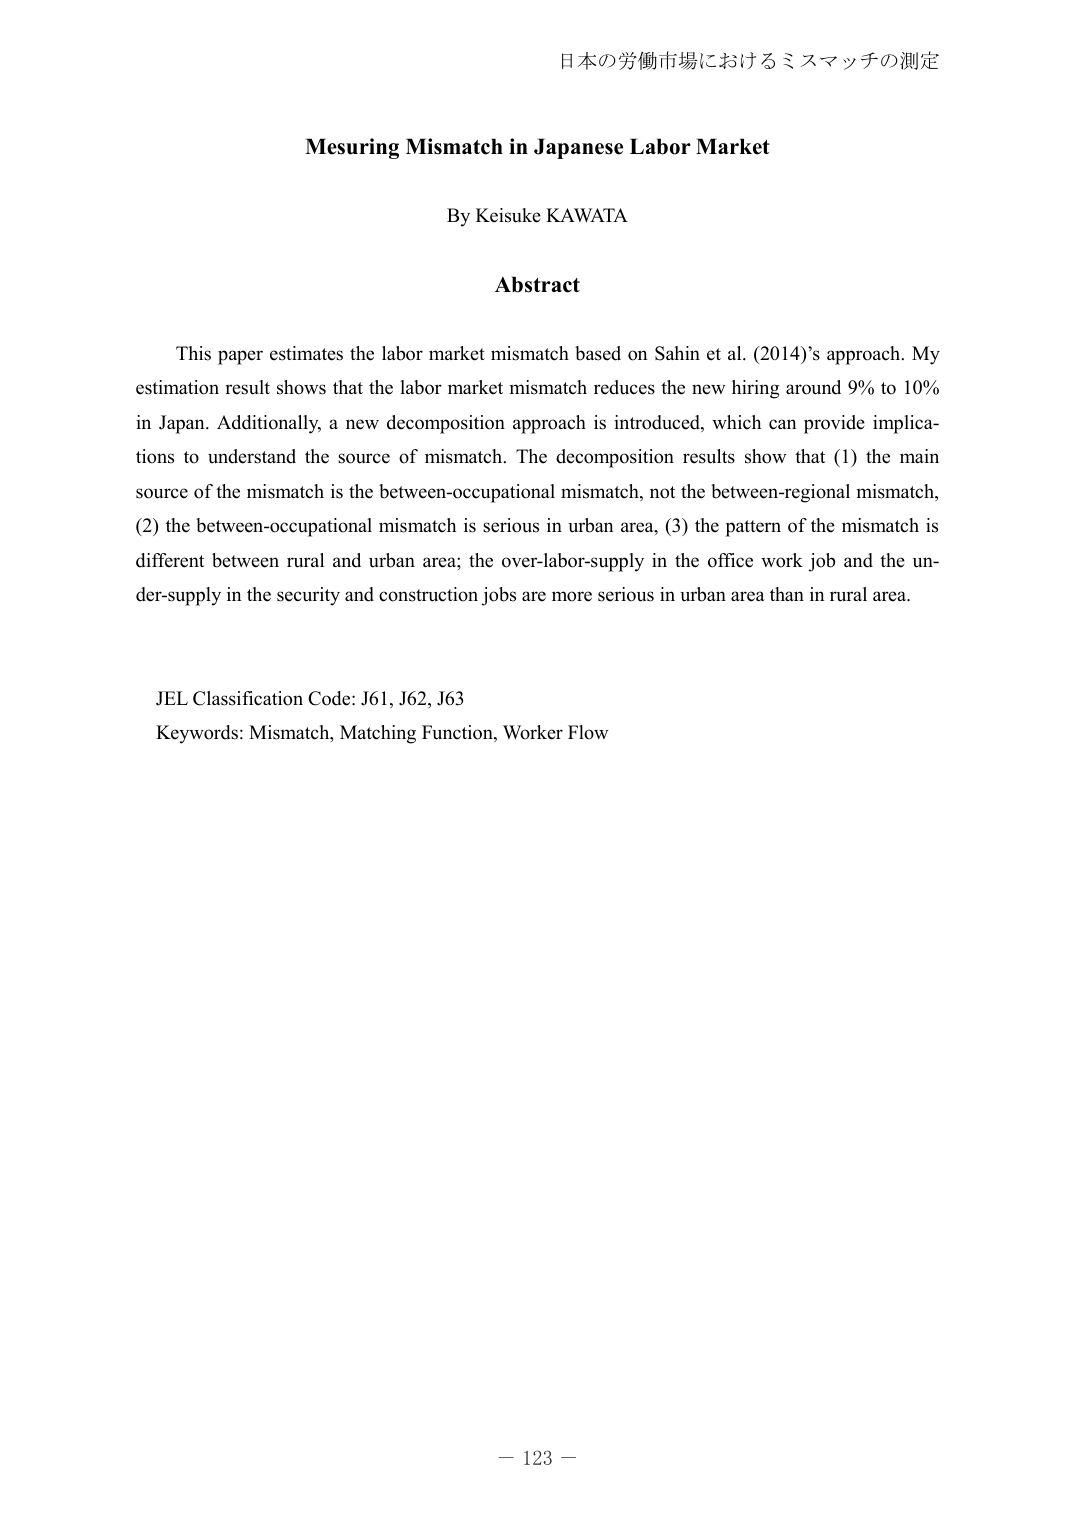
日本の労働市場におけるミスマッチの測定

Mesuring Mismatch in Japanese Labor Market

By Keisuke KAWATA

Abstract

This paper estimates the labor market mismatch based on Sahin et al. (2014)'s approach. My estimation result shows that the labor market mismatch reduces the new hiring around 9% to 10% in Japan. Additionally, a new decomposition approach is introduced, which can provide implications to understand the source of mismatch. The decomposition results show that (1) the main source of the mismatch is the between-occupational mismatch, not the between-regional mismatch, (2) the between-occupational mismatch is serious in urban area, (3) the pattern of the mismatch is different between rural and urban area; the over-labor-supply in the office work job and the under-supply in the security and construction jobs are more serious in urban area than in rural area.

JEL Classification Code: J61, J62, J63
Keywords: Mismatch, Matching Function, Worker Flow

－ 123 －